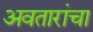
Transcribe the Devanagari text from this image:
अवतारांचा